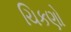
ચિકણો